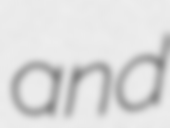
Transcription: and